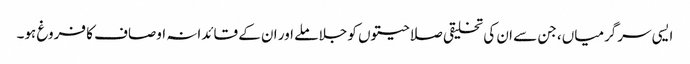
ایسی سرگرمیاں، جن سے ان کی تخلیقی صلاحیتوں کو جلا ملے اور ان کے قائدانہ اوصاف کا فروغ ہو۔